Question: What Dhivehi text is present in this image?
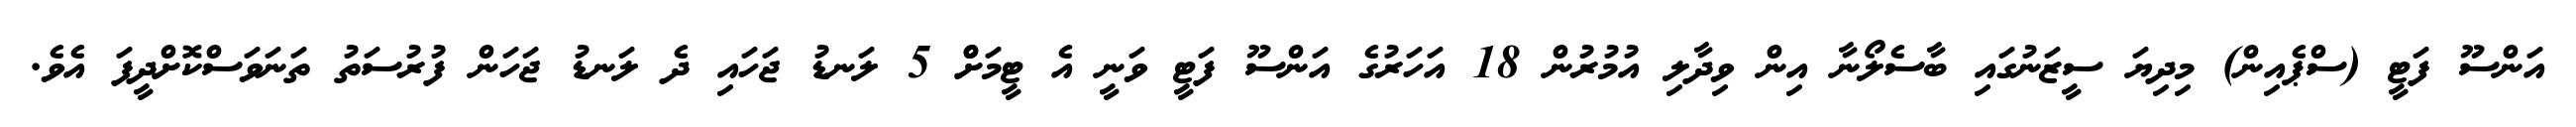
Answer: އަންސޫ ފަޓީ (ސްޕެއިން) މިދިޔަ ސީޒަނުގައި ބާސެލޯނާ އިން ވިދާލި އުމުރުން 18 އަހަރުގެ އަންސޫ ފަޓީ ވަނީ އެ ޓީމަށްް 5 ލަނޑު ޖަހައި ދެ ލަނޑު ޖަހަން ފުރުސަތު ތަނަވަސްކޮށްދީފަ އެވެ.